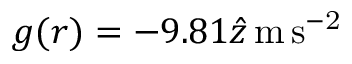
\boldsymbol { g } ( \boldsymbol { r } ) = - 9 . 8 1 \boldsymbol { \hat { z } } \mathrm { \, m \, s ^ { - 2 } }